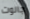
جالوت